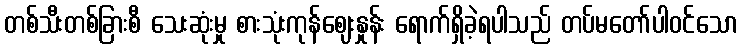
တစ်သီးတစ်ခြားစီ သေးဆုံးမှု စားသုံးကုန်ဈေးနှုန်း ရောက်ရှိခဲ့ရပါသည် တပ်မတော်ပါဝင်သော